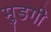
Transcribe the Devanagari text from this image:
मुडगी